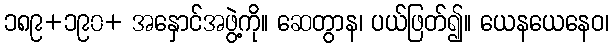
၁၈၉+၁၉၀+ အနှောင်အဖွဲ့ကို။ ဆေတွာန၊ ပယ်ဖြတ်၍။ ယေနယေနေဝ၊